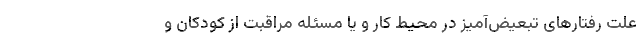
علت رفتارهای تبعیض‌آمیز در محیط کار و یا مسئله مراقبت از کودکان و